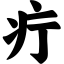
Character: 疔